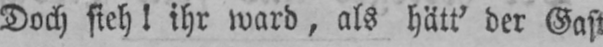
Doch sieh! ihr ward, als hätt’ der Gast